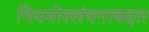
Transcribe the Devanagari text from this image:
नियमोल्लंघनाबद्दल